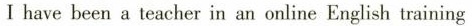
I have been a teacher in an online English training